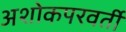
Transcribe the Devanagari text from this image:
अशोकपरवर्ती